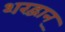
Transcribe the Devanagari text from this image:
शरद्वान्‌